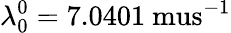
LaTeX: \lambda_{0}^{0}=7.0401\mathrm{\ mus}^{-1}